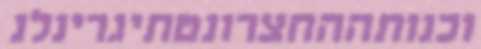
וכנותההחצרונטתיגרינלנ